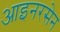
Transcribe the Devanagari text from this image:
आइनरसेन